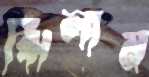
ঝিলাম